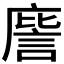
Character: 𭙮